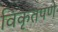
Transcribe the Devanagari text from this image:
विकृतपणे